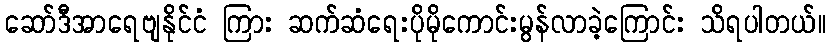
ဆော်ဒီအာရေဗျနိုင်ငံ ကြား ဆက်ဆံရေးပိုမိုကောင်းမွန်လာခဲ့ကြောင်း သိရပါတယ်။